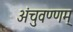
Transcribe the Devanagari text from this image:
अंचुवण्णम्